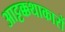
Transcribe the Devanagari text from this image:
आट्टक्कथाकारों